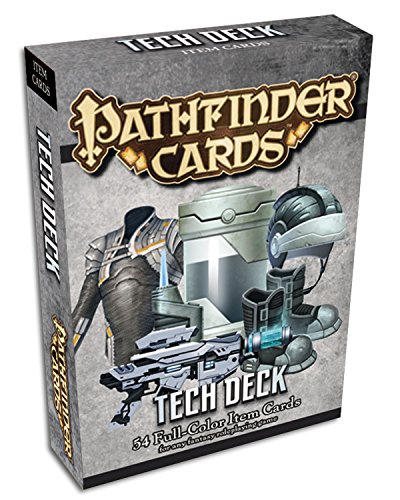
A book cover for Pathfinder Cards: Tech Deck Item Cards; Paizo Publishing; Science Fiction & Fantasy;